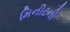
મિનીટની